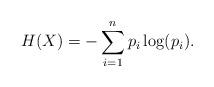
LaTeX: \begin{align*} H(X)=-\sum_{i=1}^n {p_i\log(p_i)}. \end{align*}